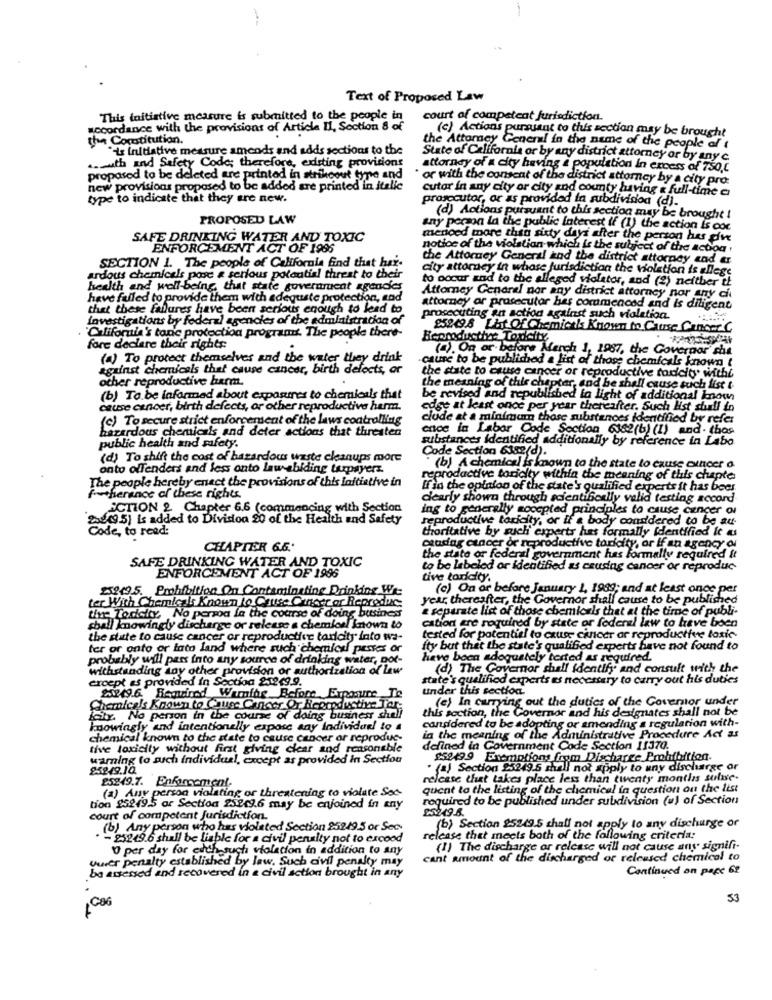
Text of Proposed Law
This initiative measure is submitted to the people in
court of competent jurisdiction.
accordance with the provisions of Article Il, Section 8 of
(c) Actions pursuant to this section may be brought
the Constitution.
"is Initiative measure amends and adds sections to the
the Attorney General in the name of the people of
State of California or by any district attorney or by any c
.. muth and Safety Code; therefore, existing provisions
attorney of a city having a population In excess of 750,0
proposed to be deleted are printed in strikeout type and
· or with the consent of the district attorney by a city pro:
new provisions proposed to be added are printed in italic
Cutor in any city or city and county having a full-time a
type to indicate that they are new.
prosecutor, or as provided in subdividoa (d).
PROPOSED LAW
(d) Actions pursuant to this section may be brought !
any person la the public Interest if (1) the action is coc
SAFE DRINKING WATER AND TOXIC
menoed more than sixty days after the person hus giu
ENFORCEMENT ACT OF 1995
notice of the violation- which is the subject of the action ,
SECTION 1. The people of California find that har-
the Attorney General and the district attorney and er
city attorney in whose jurisdiction the violation is allege
andous chemicals pose a serious potential threat to their
to occur and to the alleged violator, and (2) neither if
health and well-being that state government agencies
have failed to provide them with adequate protection, and
Attorney General nor any district attorney nor any ch
that these failures have been serious enough to lead to
attorney ar prosecutor has commenced and is diligent
investigations by federal agencies of the administration of
prosecuting an action against such violation.
85249.8 Lhit Of Chemicals Known to Cause Cancer C
California's tanc protection program. The people there-
Beproductive Toucity
fore declare their rights
(4). On or before March 1, 1987, the Governor che
(a) To protect themselves and the water they drink
cause to be published a list of those chemicals known t
against chemicals that cause cancer, birth defects, or
other reproductive harm.
the state to cause cancer or reproductive toxicity. withi
the meaning of this chapter, and he shall cause such list t
(b) To be informed about expantres to chemicals that
be revised and republished in light of additional know
cause cancer, birth defects, or other reproductive harm.
edge at least once per year thereafter. Such list shull in
(c) To secure strict enforcement of the laws controlling
clude at a minimum those substances identified by refer
hazardous chemicals and deter actions that threaten
ence in Labor Code Section 6162(b) (1) and. thos
substances identified additionally by reference in Labo
public health and safety.
Code Section 6182(d).
(d) To shift the cost of hazardous waste cleanups more
onto offenders and less onto law -abiding taxpayerz.
(b) A chemical is known to the state to cause cancer a
The people hereby enact the provisions of this initiative in
reproductive toricity within the meaning of this chapter
If in the opinion of the state's qualified experts it has bees.
f-ferance of these rights.
dearly shown through scientifically valid testing accord
ECTION 2. Chapter 6.6 (commencing with Section
ing to generally socepted principles to cause cancer ov
28(95) is added to Division 20 of the Health and Safety
reproductive toxicity, or if a body considered to be au
Code, to read:
thoritative by such experts hes formally identified It as
CHAPTER 6.6.
ceadag cancer or reproductive taricity, or if an agency di
the state or federal government has formally required it
SAFE DRINKING WATER AND TOXIC
to be labeled or identified as causing cancer or reproduc-
ENFORCEMENT ACT OF 1996
tive toricity.
259495. Prohibition On Contaminating Drinking We
(c) On or before January 1, 1989; and at least once per
ter With Chemicals Known to Cause Cancer or Reproduce
year, thereafter, the Governor shall cause to be published
& separate list of those chemicals thet at the time of publi-
tive Todicity, No persoa fa the course of doing busines
cation are required by state or federal law to have been
shall knowingly discharge or release a chemioel known to
the state to cause cancer or reproductive taricity into wa-
tested for potentiel to cause cancer ar reproductive losic-
ter or onto or lato land where such chemiles pestes or
fty but thet the state's qualified experts have not found to
probably will pass into any source of drinking water, pot-
have been adequately terted as required.
withstanding any other provision or authorization of law
(d) The Governor shall Identify and consult with the
croept as provided in Section 21249.9.
state's qualified experts es necessary to carry out his duties
202(9.6. Required Wernide Before Exposure Te
under this section
(e) In carrying out the duties of the Coveenstor under
Chemicals Known to Cause Cancer Or Reproductive Ter
this section, the Governor and his designates shall not be
laity. No person in the course of doing business shell
knowingly and intentionally expose any individuel to a
considered to be adopting or amending a regulation with-
chemical known to the state to cause cancer or reproduc-
in the meaning of the Administrative Procedure Act as
tive toxicity without first giving clear and reasonable
defined in Government Code Section 11370.
warning to such individual, except as provided in Section
859499 Exemptions from Discharge Prohibition.
95949.10.
. (a) Section 25249.5 shall not apply to uny discharge or
release that takes place less than twenty months sufue-
25249.7. Enforcement.
(2) Any person violating or threatening to violate Set-
quent to the listing of the chemical in question ou the list
required to be published under subdivision (u) of Section
tion 95249.5 ar Section 25249.6 may be enjoined in any
25249.5.
court of competent Jurisdiction.
(b) Any person who has violated Section 25249.5 or Sec.
(b) Section 25249.5 shall not apply to any discharge or
- 25249.6 shall be liable for a civil penalty not to excood
release that meets both of the following criteria:
0 per day for each such violation in addition to any
(I) The discharge or release will not cause any signifi-
Uwer penalty established by law. Such civil penalty may
cant amount of the discharged or released chemical to
ba assessed and recovered in a civil action brought in any
Continued on pape 62
53